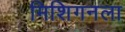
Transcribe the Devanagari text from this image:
मिशिगनला